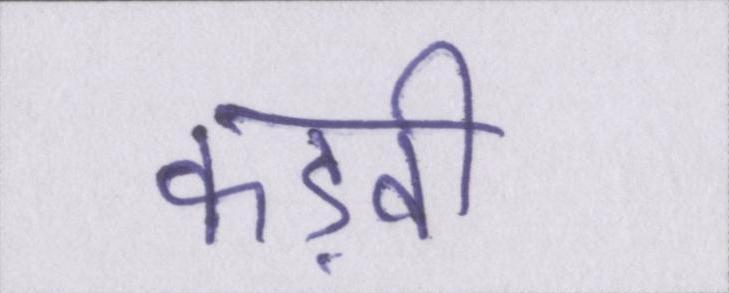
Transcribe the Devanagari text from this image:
कड़वी